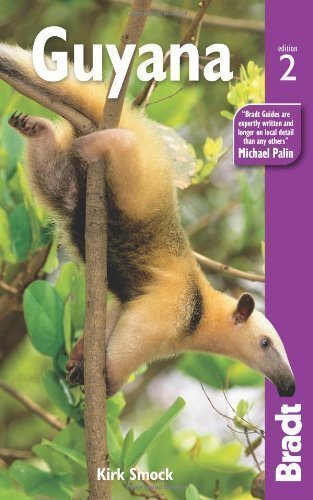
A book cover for Guyana (Bradt Travel Guides) by Smock, Kirk 2nd (second) Edition (2011); Travel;